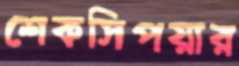
শেকসিপয়ার